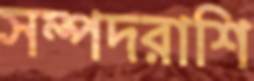
সম্পদরাশি